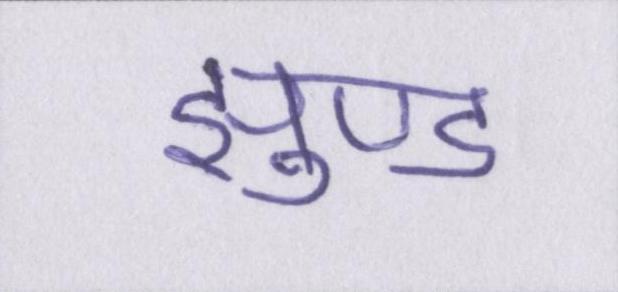
झुण्ड